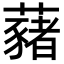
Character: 藸